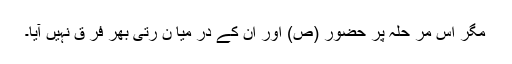
مگر اس مر حلہ پر حضور (ص) اور ان کے در میا ن رتی بھر فر ق نہیں آیا۔